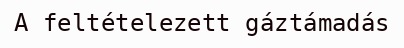
A feltételezett gáztámadás